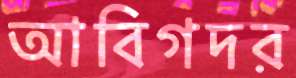
আবিগদর